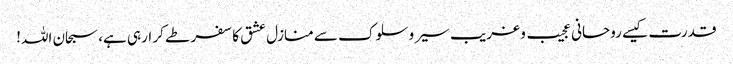
قدرت کیسے روحانی عجیب و غریب سیر وسلوک سے منازل عشق کا سفر طے کر ارہی ہے، سبحان اللہ!